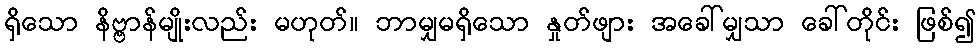
ရှိသော နိဗ္ဗာန်မျိုးလည်း မဟုတ်။ ဘာမျှမရှိသော နှုတ်ဖျား အခေါ်မျှသာ ခေါ်တိုင်း ဖြစ်၍